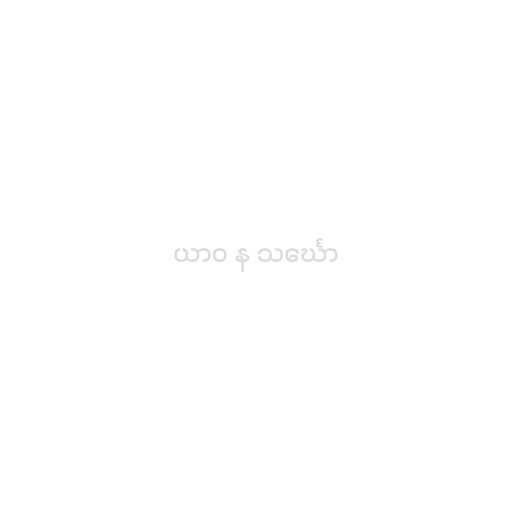
ယာဝ န သင်္ဃော